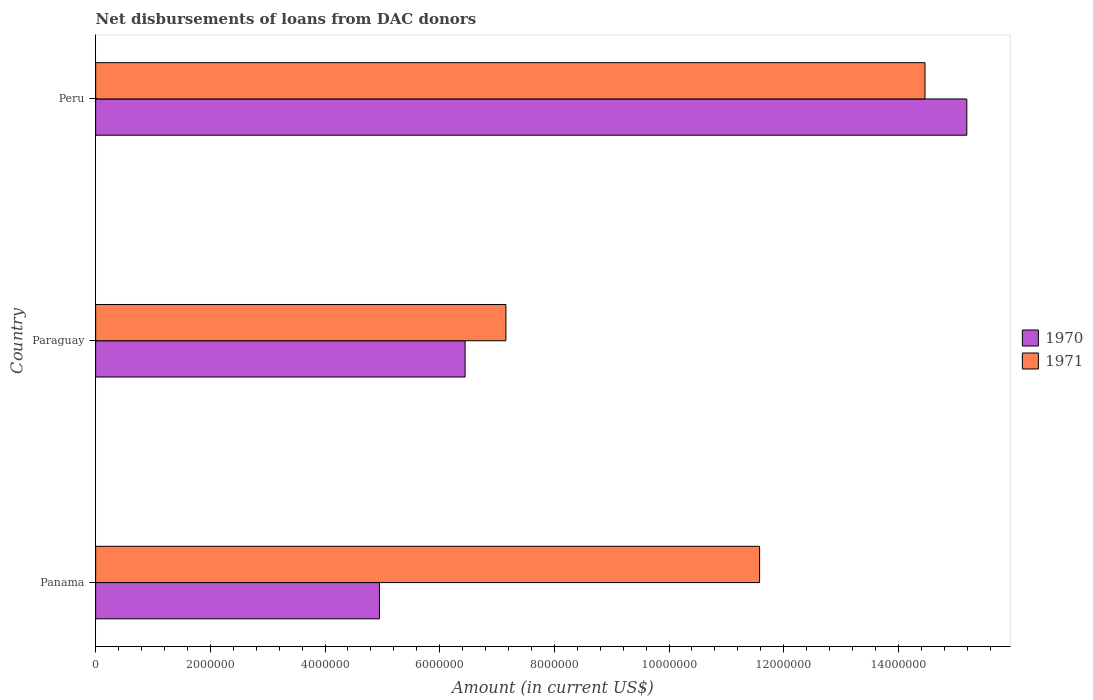
| Country | 1970 | 1971 |
 | --- | --- | --- |
 | Panama | 4.95e+06 | 1.16e+07 |
 | Paraguay | 6.44e+06 | 7.16e+06 |
 | Peru | 1.52e+07 | 1.45e+07 |